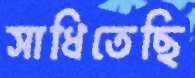
সাধিতেছি